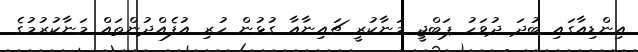
އިންޑިއާގައި ބުދަ ދުވަހު ޕަބްޖީ މަނާކުރީ ޗައިނާއާ ގުޅުން ހުރި އުފެއްދުންތައް މަނާކުރުމުގެ